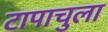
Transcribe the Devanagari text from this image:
टापाचुला